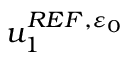
u _ { 1 } ^ { R E F , { \varepsilon _ { 0 } } }